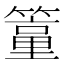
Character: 𥴁